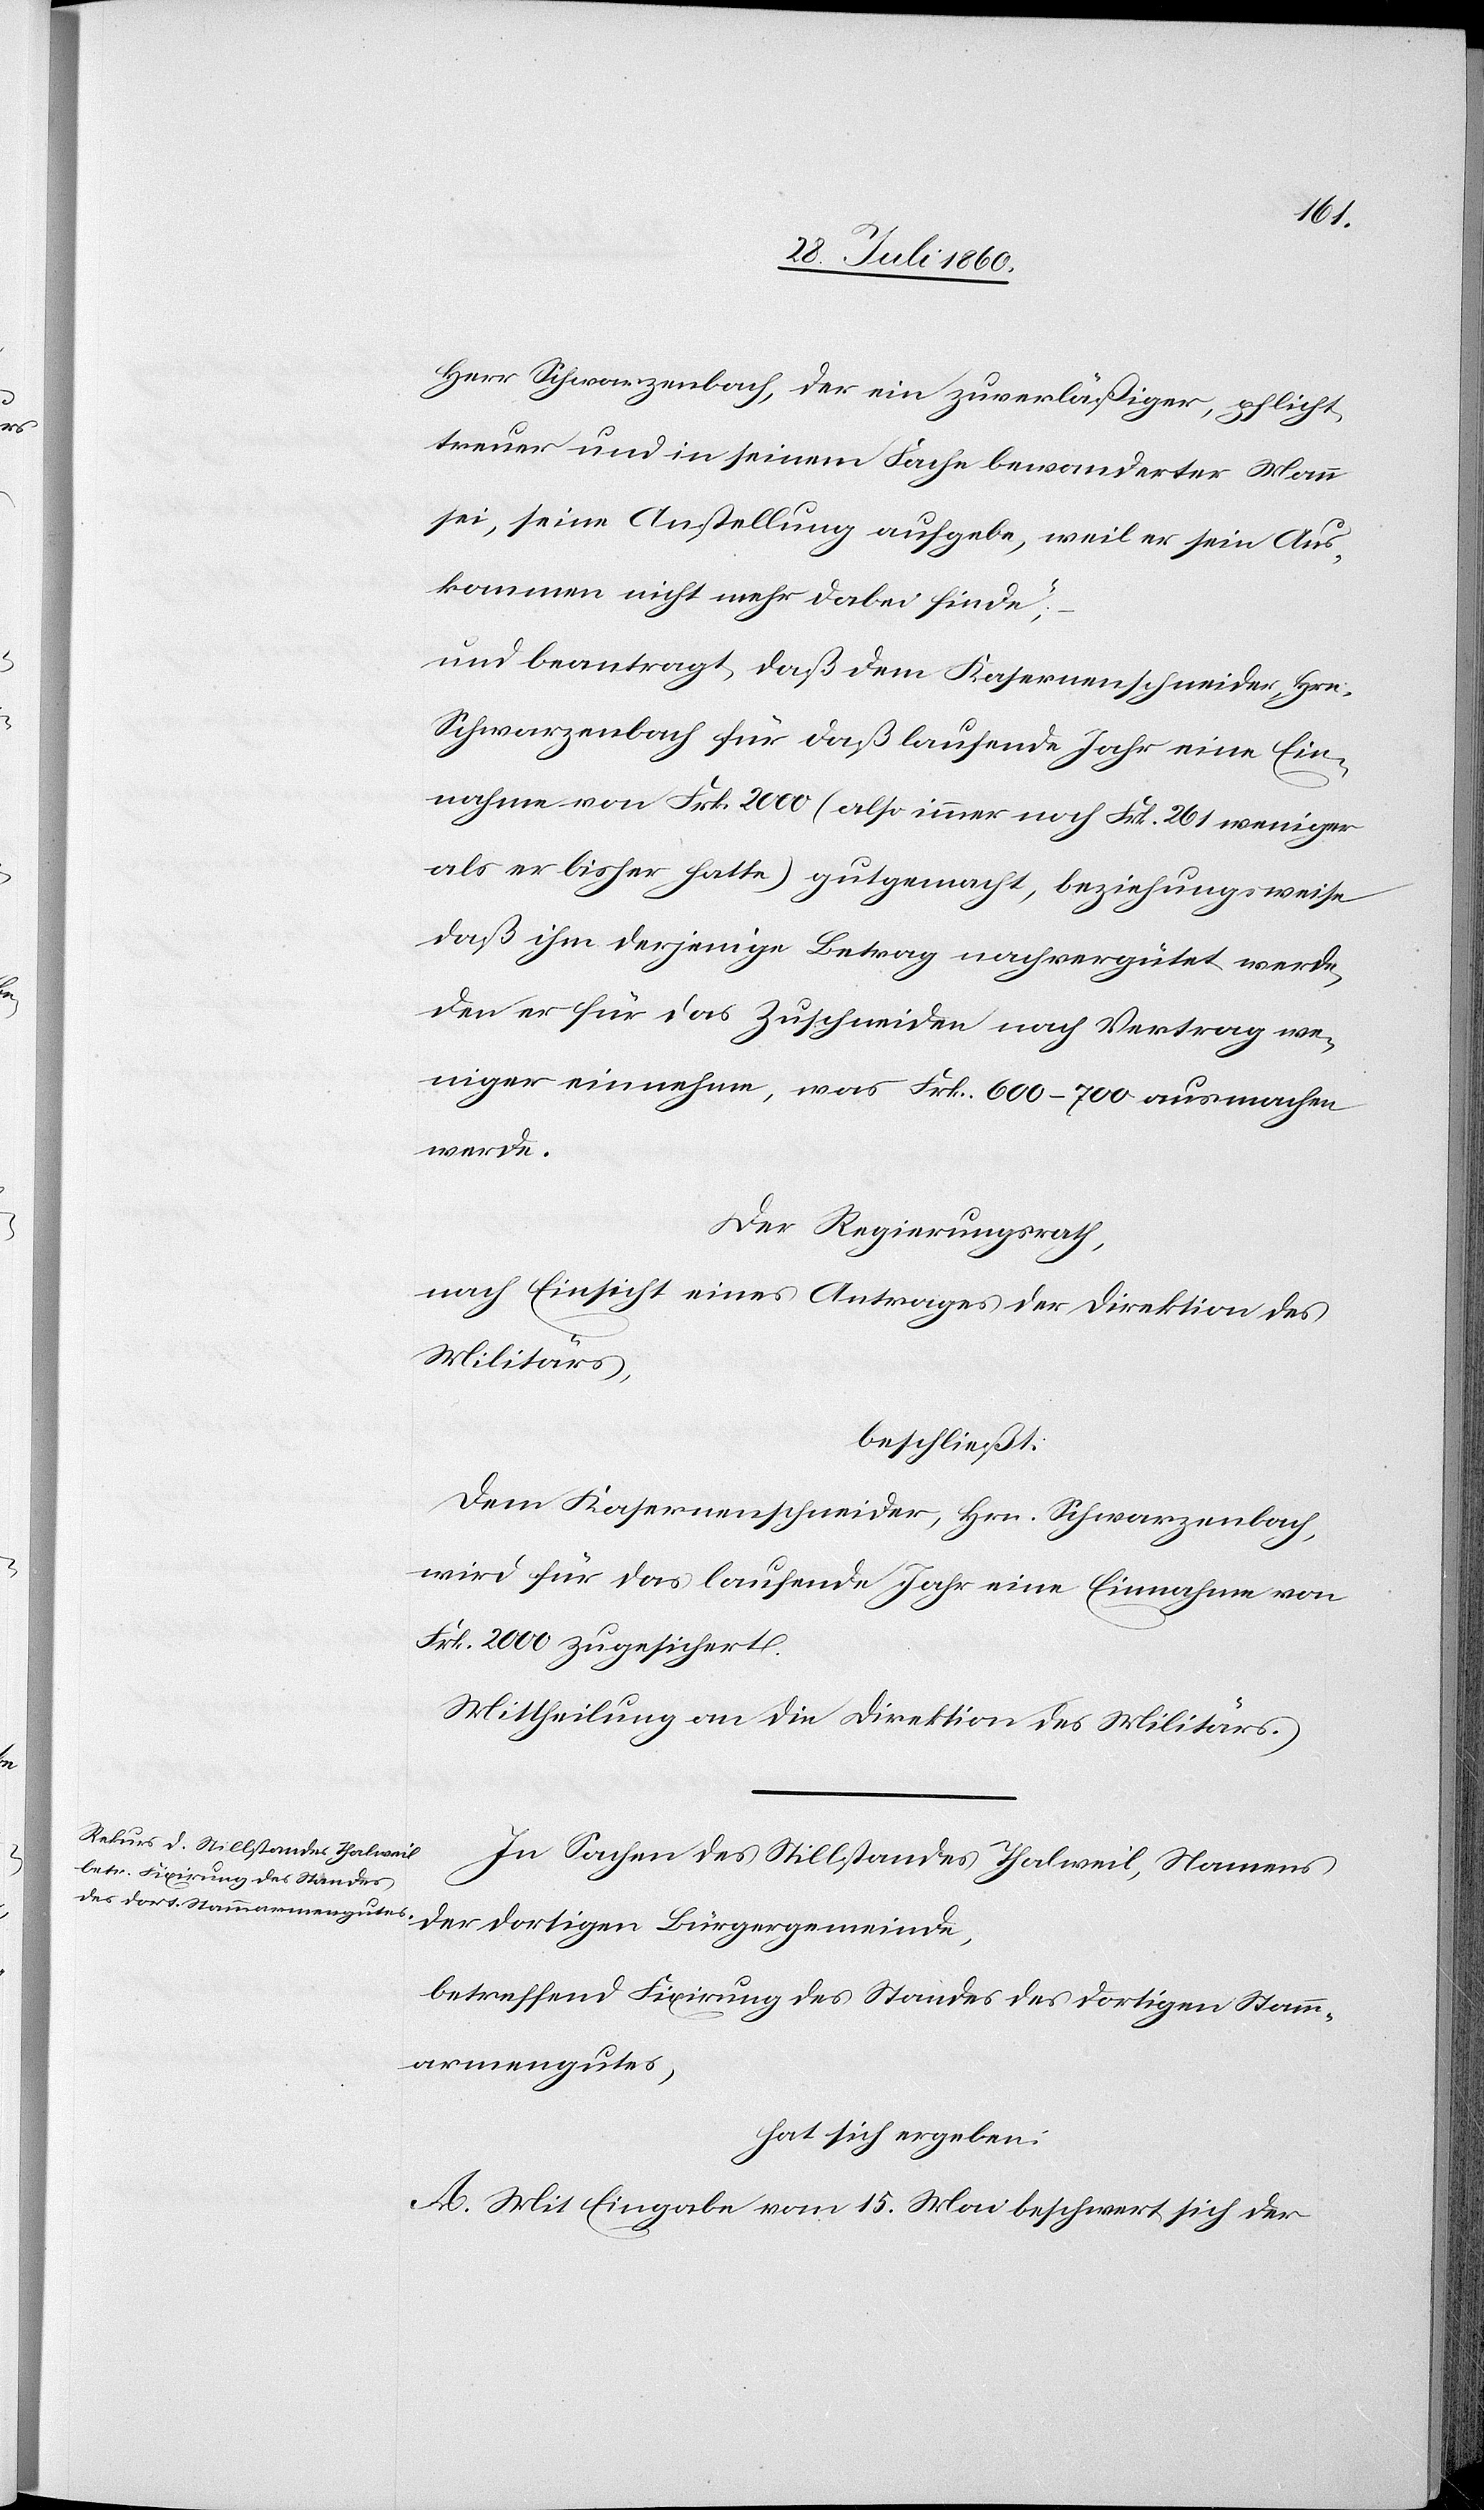
Herr Schwarzenbach, der ein zuverlässiger, pflicht¬
treuer und in seinem Fache bewanderter Mann
sei, seine Anstellung aufgebe, weil er sein Aus¬
kommen nicht mehr dabei finde;“
und beantragt, dass dem Casernenschneider, Hrn.
Schwarzenbach für das laufende Jahr eine Ein¬
nahme von fcs. 2000 (also immer noch fcs. 261 weniger
als er bisher hatte) gutgemacht, beziehungsweise,
dass ihm derjenige Betrag nachvergütet werde,
den er für das Zuschneiden nach Vertrag we¬
niger einnehme, was 600–700 fcs ausmachen
werde;
Der Regierungsrath,
nach Einsicht eines Antrages der Direktion des
Militärs,
beschließt:
Dem Kasernenschneider, Herrn Schwarzenbach,
wird für das laufende Jahre eine Einnahme von
fcs. 2000 zugesichert.
Mittheilung an die Direktion des Militärs.
In Sachen des Stillstandes Thalweil, Namens
der dortigen Bürgergemeinde,
betreffend Fixirung des Standes des dortigen Stamm¬
armengutes
hat sich ergeben:
A. Mit Eingabe vom 15. Mai beschwert sich der